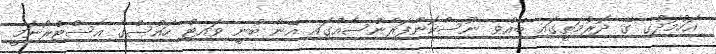
އަހުމަދުގެ ގޭ ދޮރުމަތީގައި ބޭއްވި ނޫސްކޮންފަރެންސެއްގައި އޭނާ ބުނީ ވައިޓް ހައުސްގެ އެސްޓްރޯނަމީ